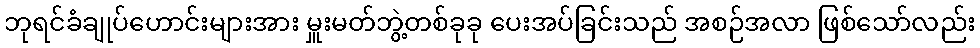
ဘုရင်ခံချုပ်ဟောင်းများအား မှူးမတ်ဘွဲ့တစ်ခုခု ပေးအပ်ခြင်းသည် အစဉ်အလာ ဖြစ်သော်လည်း